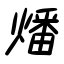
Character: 燔